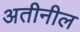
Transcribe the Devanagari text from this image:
अतीनील